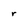
Character: r